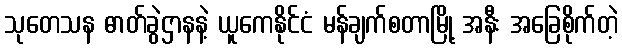
သုတေသန ဓာတ်ခွဲဌာနနဲ့ ယူကေနိုင်ငံ မန်ချက်စတာမြို့ အနီး အခြေစိုက်တဲ့